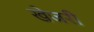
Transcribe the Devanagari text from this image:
खेजरी